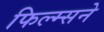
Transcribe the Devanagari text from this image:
फिल्म्सने